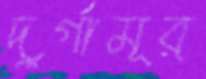
দুর্গামূর্